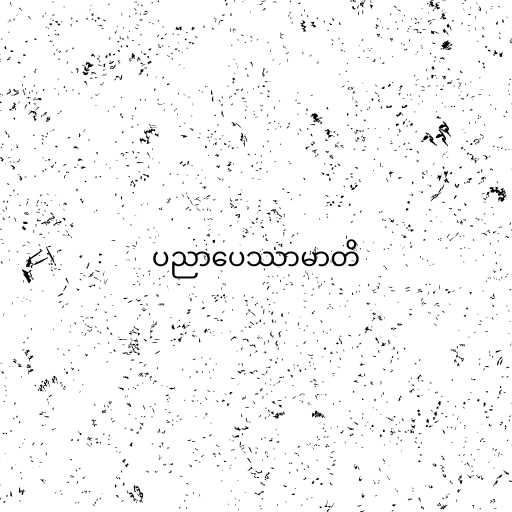
ပညာပေဿာမာတိ